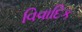
વિવાદિક